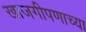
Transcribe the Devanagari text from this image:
खाजगीपणाच्या